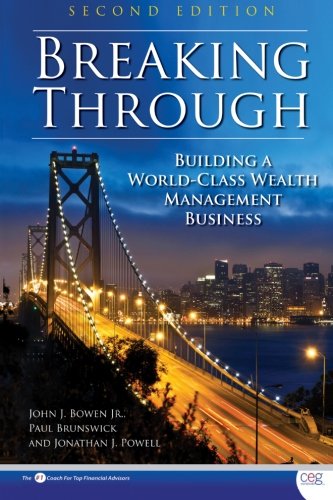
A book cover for Breaking Through, Second Edition: Building a World-Class Wealth Management Business; John J. Bowen; Business & Money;